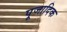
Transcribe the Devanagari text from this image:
पूजादिक